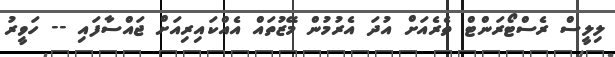
ލިލީސް ރެސްޓޯރަންޓް ތެރެއަށް އުދަ އެރުމުން މޭޒުތައް އެއްކައިރިއަށް ޖައްސާފައި -- ހަވީރު